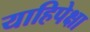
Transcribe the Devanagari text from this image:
याहिपेक्षा